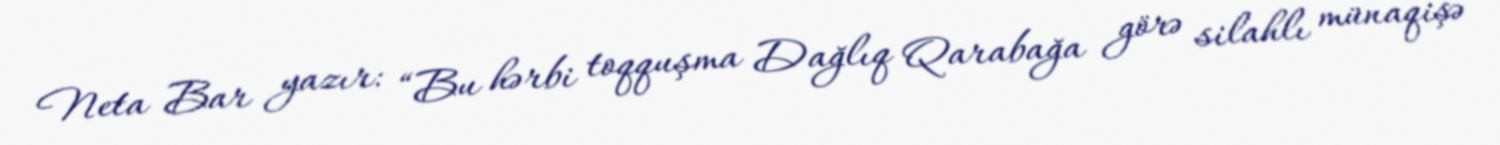
Neta Bar yazır: “Bu hərbi toqquşma Dağlıq Qarabağa görə silahlı münaqişə